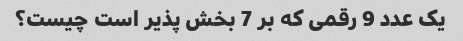
یک عدد 9 رقمی که بر 7 بخش پذیر است چیست؟